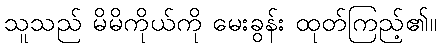
သူသည် မိမိကိုယ်ကို မေးခွန်း ထုတ်ကြည့်၏။